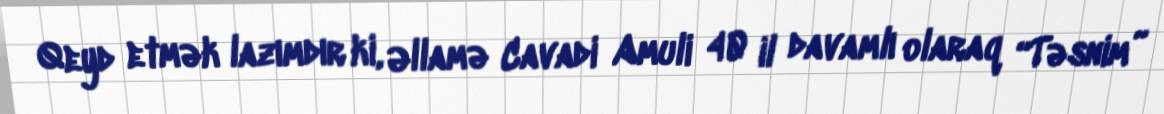
Qeyd etmək lazımdır ki, Əllamə Cavadi Amuli 40 il davamlı olaraq “Təsnim”